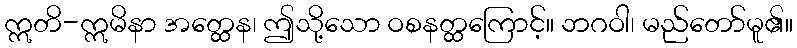
ဣတိ-ဣမိနာ အတ္ထေန၊ ဤသို့သော ဝစနတ္ထကြောင့်။ ဘဂဝါ၊ မည်တော်မူ၏။